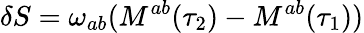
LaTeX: \delta S=\omega_{ab}(M^{ab}(\tau_{2})-M^{ab}(\tau_{1}))